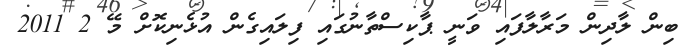
ބިން ލާދިން މަރާލާފައި ވަނީ ޕާކިސްތާނުގައި ފިލައިގެން އުޅެނިކޮށް މޭ 2 2011